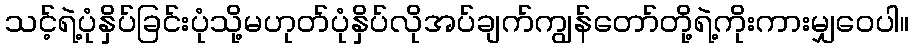
သင့်ရဲ့ပုံနှိပ်ခြင်းပုံသို့မဟုတ်ပုံနှိပ်လိုအပ်ချက်ကျွန်တော်တို့ရဲ့ကိုးကားမျှဝေပါ။